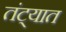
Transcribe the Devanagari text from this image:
तंट्यात